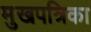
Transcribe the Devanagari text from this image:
मुखपत्रिका